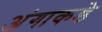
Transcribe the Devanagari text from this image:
अंगाकडे